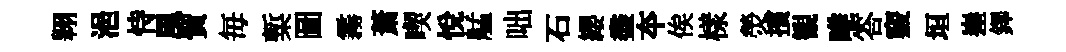
翱浥恃風貿毎槧圖霧萧喫悅艋咄石纓盡夲俟樣熒擯観唯答竅垣嵳鐸